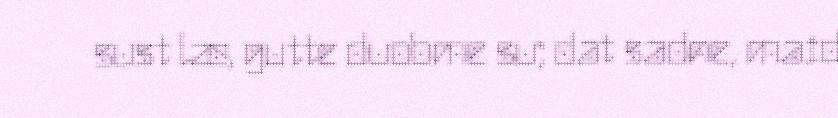
sust læ, gutte duobme su; dat sadne, maid